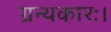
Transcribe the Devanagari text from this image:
ग्रन्थकारः।